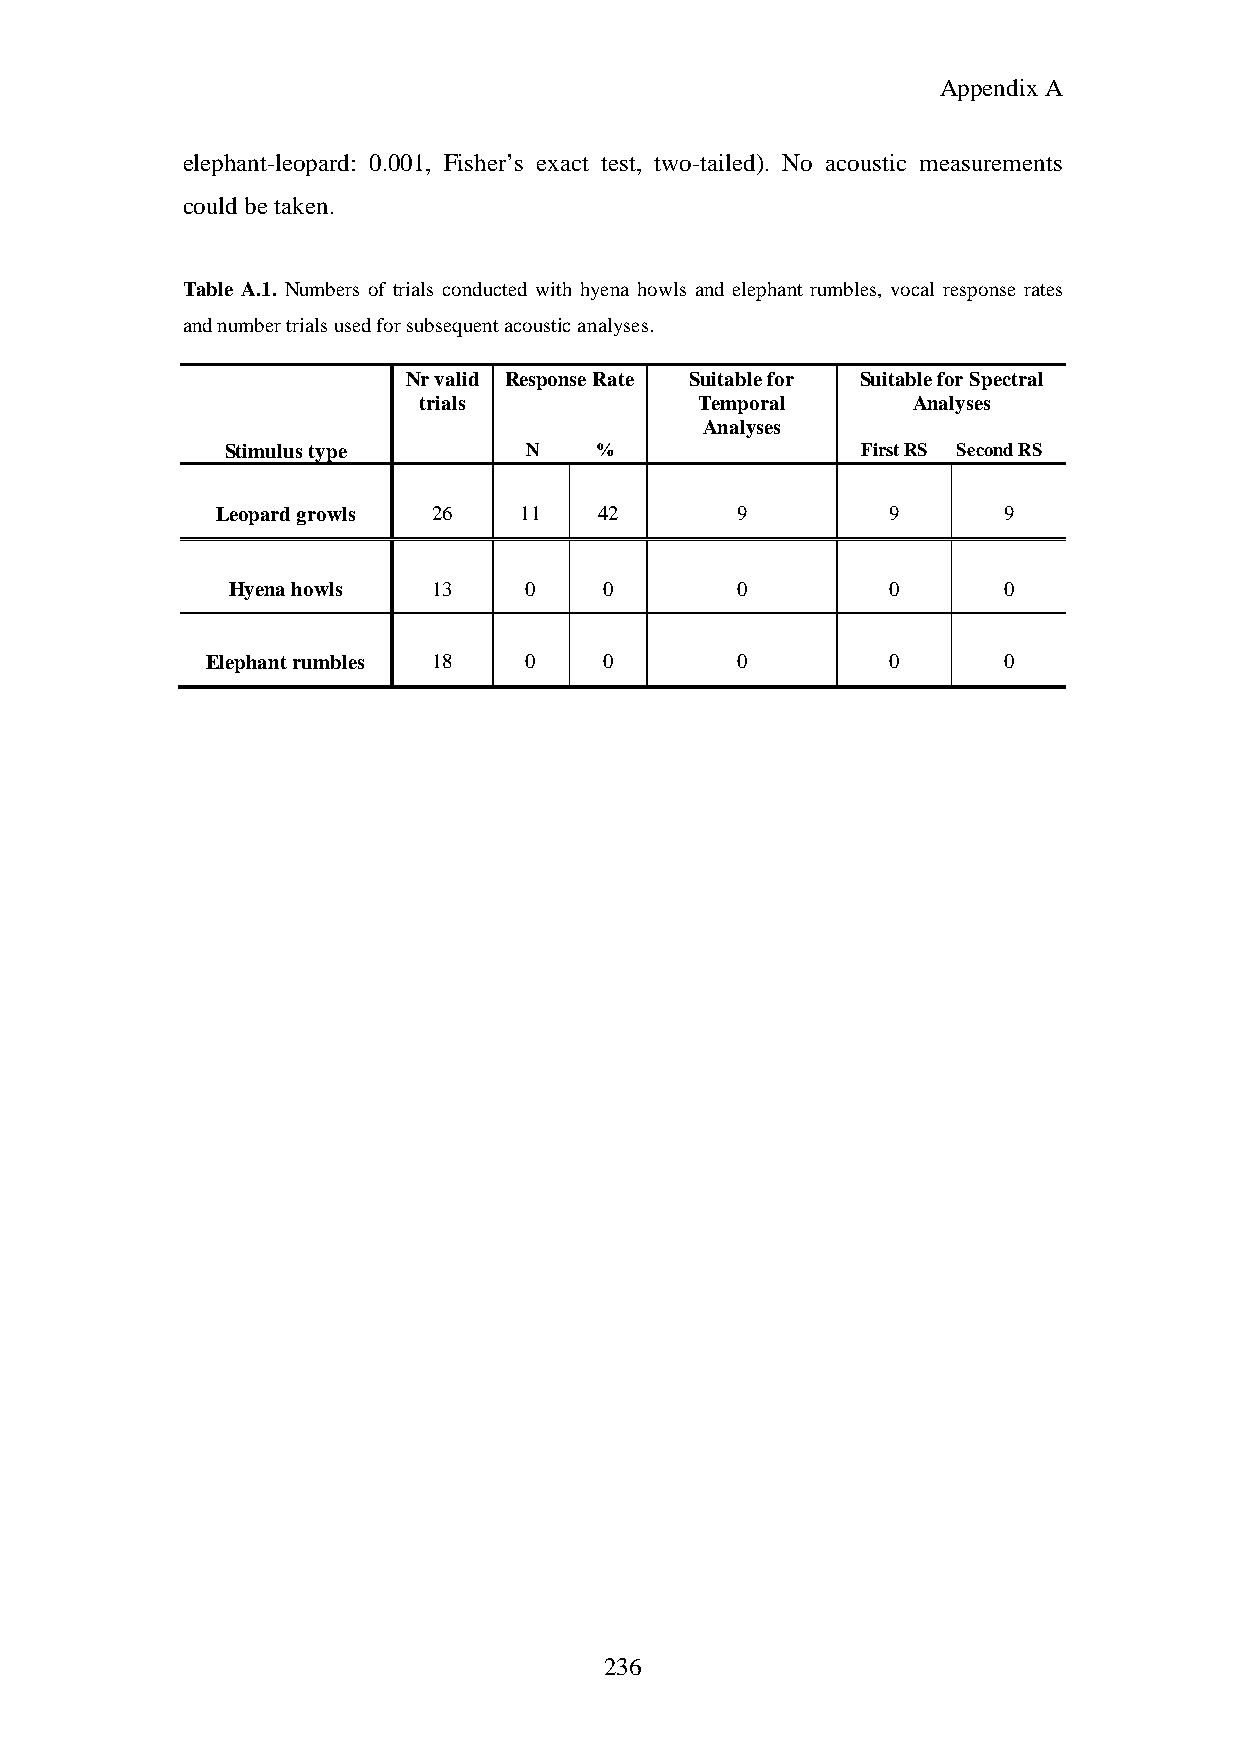
Appendix A
 elephant-leopard: 0.001, Fisher’s exact test, two-tailed). No acoustic measurements
 couldbetaken.
 Table A.1. Numbers of trials conducted with hyena howls and elephant rumbles, vocal response rates
 andnumbertrialsusedforsubsequentacousticanalyses.
 Nrvalid ResponseRate Suitablefor SuitableforSpectral
 trials            Temporal      Analyses
 Analyses
 Stimulustype        N   %                 FirstRS SecondRS
 Leopardgrowls  26   11    42       9         9      9
 Hyenahowls    13    0    0        0         0      0
 Elephantrumbles 18   0    0        0         0      0
 236